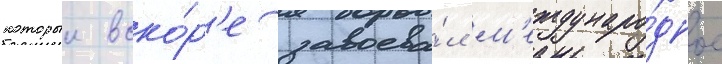
которыи вско́р'е завоева́л м'еждунаро́дное